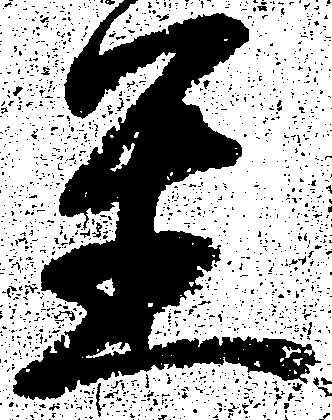
置